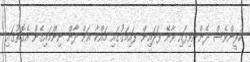
ކުރީންވެސް ދެންނެވިފައި ވާނޭ ފަދައިން ފައިމަގުގައި މައްކާ އަށް ދާން ނިންމައިގެން އެގޮތުގައި